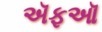
ઍફઑ